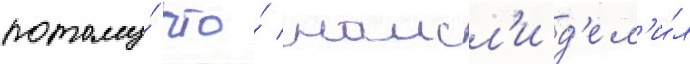
потому́ что́ наисл'и д'ел'и́л